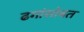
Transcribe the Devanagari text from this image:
ढगांसोबत